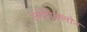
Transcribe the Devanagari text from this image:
जोपिक्लोन